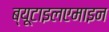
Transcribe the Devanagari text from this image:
ब्यूटाइलएमाइन